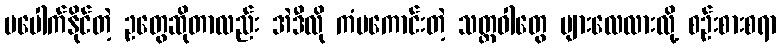
မပေါက်နိုင်တဲ့ ဥတွေဆိုတာလည်း အဲဒီလို ကံမကောင်းတဲ့ သတ္တဝါတွေ များလေလားလို့ စဉ်းစားစရာ